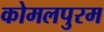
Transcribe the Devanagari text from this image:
कोमलपुरम